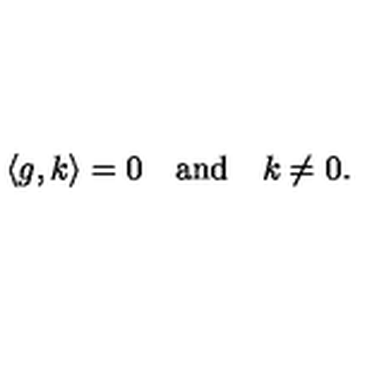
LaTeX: \langle g , k \rangle = 0 \quad \mathrm { a n d } \quad k \not = 0 .